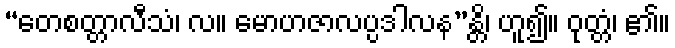
“တေစတ္တာလီသံ၊ လ။ မောဟဇာလပ္ပဒါလန”န္တိ၊ ဟူ၍။ ဝုတ္တံ၊ ၏။